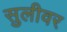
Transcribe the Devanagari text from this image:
सुलीवर